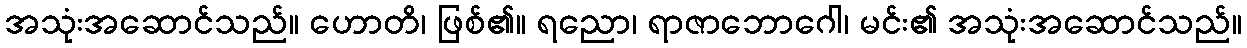
အသုံးအဆောင်သည်။ ဟောတိ၊ ဖြစ်၏။ ရညော၊ ရာဇာဘောဂေါ၊ မင်း၏ အသုံးအဆောင်သည်။